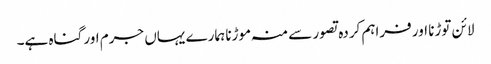
لائن توڑنا اور فراہم کردہ تصور سے منہ موڑنا ہمارے یہاں جرم اور گناہ ہے۔